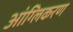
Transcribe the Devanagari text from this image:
आंग्लिकरण